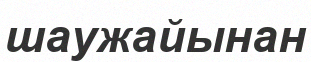
шаужайынан